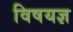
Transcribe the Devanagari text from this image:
विषयज्ञ